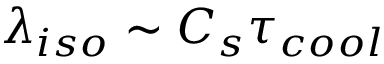
\lambda _ { i s o } \sim C _ { s } \tau _ { c o o l }